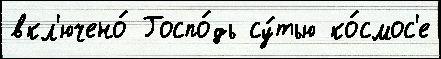
вкл'ючено́ Госпо́дь су́тью ко́смос'е